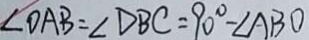
\angle O A B = \angle D B C = 9 0 ^ { \circ } - \angle A B O